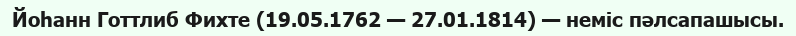
Йоһанн Готтлиб Фихте (19.05.1762 — 27.01.1814) — неміс пәлсапашысы.